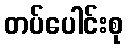
တပ်ပေါင်းစု